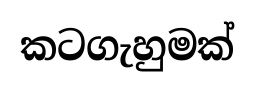
කටගැහුමක්